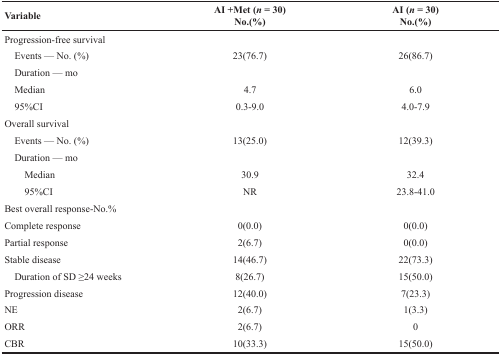
<table><thead><tr><td><b>Variable</b></td><td><b>AI +Met (<i>n</i> = 30)No.(%)</b></td><td><b>AI (<i>n</i> = 30)No.(%)</b></td></tr></thead><tbody><tr><td>Progression-free survival</td><td></td><td></td></tr><tr><td> Events — No. (%)</td><td>23(76.7)</td><td>26(86.7)</td></tr><tr><td> Duration — mo</td><td></td><td></td></tr><tr><td> Median</td><td>4.7</td><td>6.0</td></tr><tr><td> 95%CI</td><td>0.3-9.0</td><td>4.0-7.9</td></tr><tr><td>Overall survival</td><td></td><td></td></tr><tr><td> Events — No. (%)</td><td>13(25.0)</td><td>12(39.3)</td></tr><tr><td> Duration — mo</td><td></td><td></td></tr><tr><td>Median</td><td>30.9</td><td>32.4</td></tr><tr><td>95%CI</td><td>NR</td><td>23.8-41.0</td></tr><tr><td>Best overall response-No.%</td><td></td><td></td></tr><tr><td>Complete response</td><td>0(0.0)</td><td>0(0.0)</td></tr><tr><td>Partial response</td><td>2(6.7)</td><td>0(0.0)</td></tr><tr><td>Stable disease</td><td>14(46.7)</td><td>22(73.3)</td></tr><tr><td> Duration of SD ≥24 weeks</td><td>8(26.7)</td><td>15(50.0)</td></tr><tr><td>Progression disease</td><td>12(40.0)</td><td>7(23.3)</td></tr><tr><td>NE</td><td>2(6.7)</td><td>1(3.3)</td></tr><tr><td>ORR</td><td>2(6.7)</td><td>0</td></tr><tr><td>CBR</td><td>10(33.3)</td><td>15(50.0)</td></tr></tbody></table>